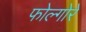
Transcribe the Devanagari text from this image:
फोल्गोरे